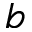
b